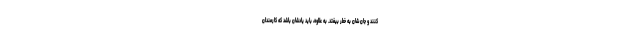
کنند و جان شان به خطر بیفتد. به علاوه، باید یادشان باشد که کارمندان